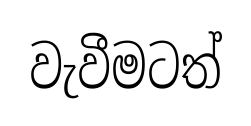
වැවීමටත්